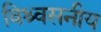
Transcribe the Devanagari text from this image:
विश्र्वसनीय